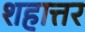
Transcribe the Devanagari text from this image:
शहात्तर